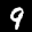
Label: 9